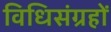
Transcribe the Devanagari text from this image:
विधिसंग्रहों